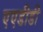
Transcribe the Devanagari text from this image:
एएडीडी